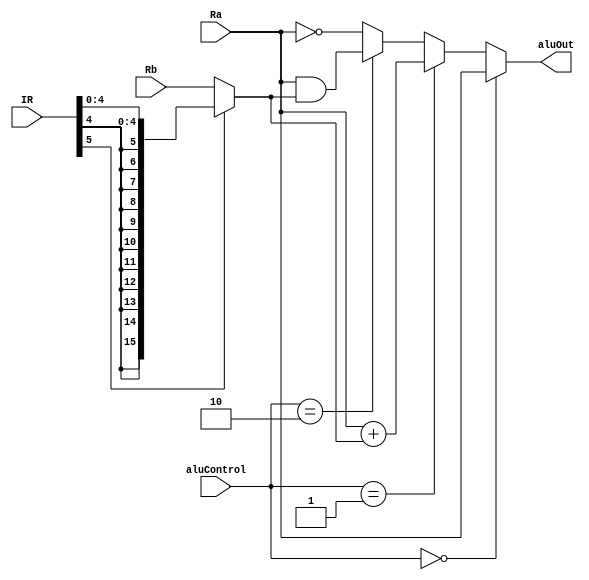
`timescale 1ns / 1ps
`default_nettype none
//////////////////////////////////////////////////////////////////////////////////
// Company: 
// Engineer: 
// 
// Design Name: 
// Module Name:    ALU 
// Project Name: 
// Target Devices: 
// Tool versions: 
// Description: 
//
// Dependencies: 
//
// Revision: 
// Revision 0.01 - File Created
// Additional Comments: 
//
//////////////////////////////////////////////////////////////////////////////////
module ALU(
	Ra,
	Rb,
	aluOut,
	aluControl,
	IR
);

input [15:0] Ra;
input [15:0] Rb;
input [5:0] IR;
input [1:0] aluControl;
output [15:0] aluOut;

wire [15:0] input_a;
wire [15:0] input_b;
wire [15:0] imm;

assign imm = { {12{IR[4]}}, IR[4:0] };

assign input_b = IR[5] ? imm : Rb;
assign input_a = Ra;

assign aluOut = (aluControl == 0) ? input_a :
					 (aluControl == 1) ? input_a + input_b :
					 (aluControl == 2) ? input_a & input_b :
					 ~input_a;
					 
endmodule